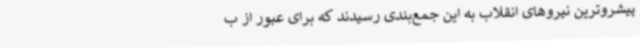
پیشروترین نیروهای انقلاب به این جمع‌بندی رسیدند که برای عبور از ب